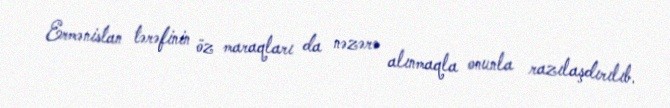
Ermənistan tərəfinin öz maraqları da nəzərə alınmaqla onunla razılaşdırılıb.